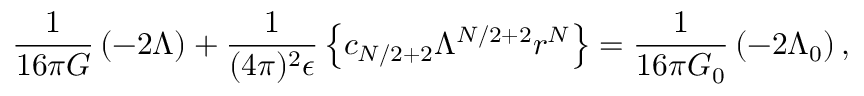
{ \frac { 1 } { 1 6 \pi G } } \left( - 2 \Lambda \right) + { \frac { 1 } { ( 4 \pi ) ^ { 2 } \epsilon } } \left\{ c _ { N / 2 + 2 } \Lambda ^ { N / 2 + 2 } r ^ { N } \right\} = { \frac { 1 } { 1 6 \pi G _ { 0 } } } \left( - 2 \Lambda _ { 0 } \right) ,